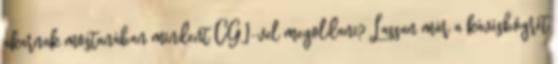
akarnak mostanában mindent CGI-vel megoldani? Lassan már a kávésbögrét